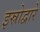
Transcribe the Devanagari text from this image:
इस्रोद्वारे